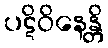
ပဋိဝိနေန္တိ